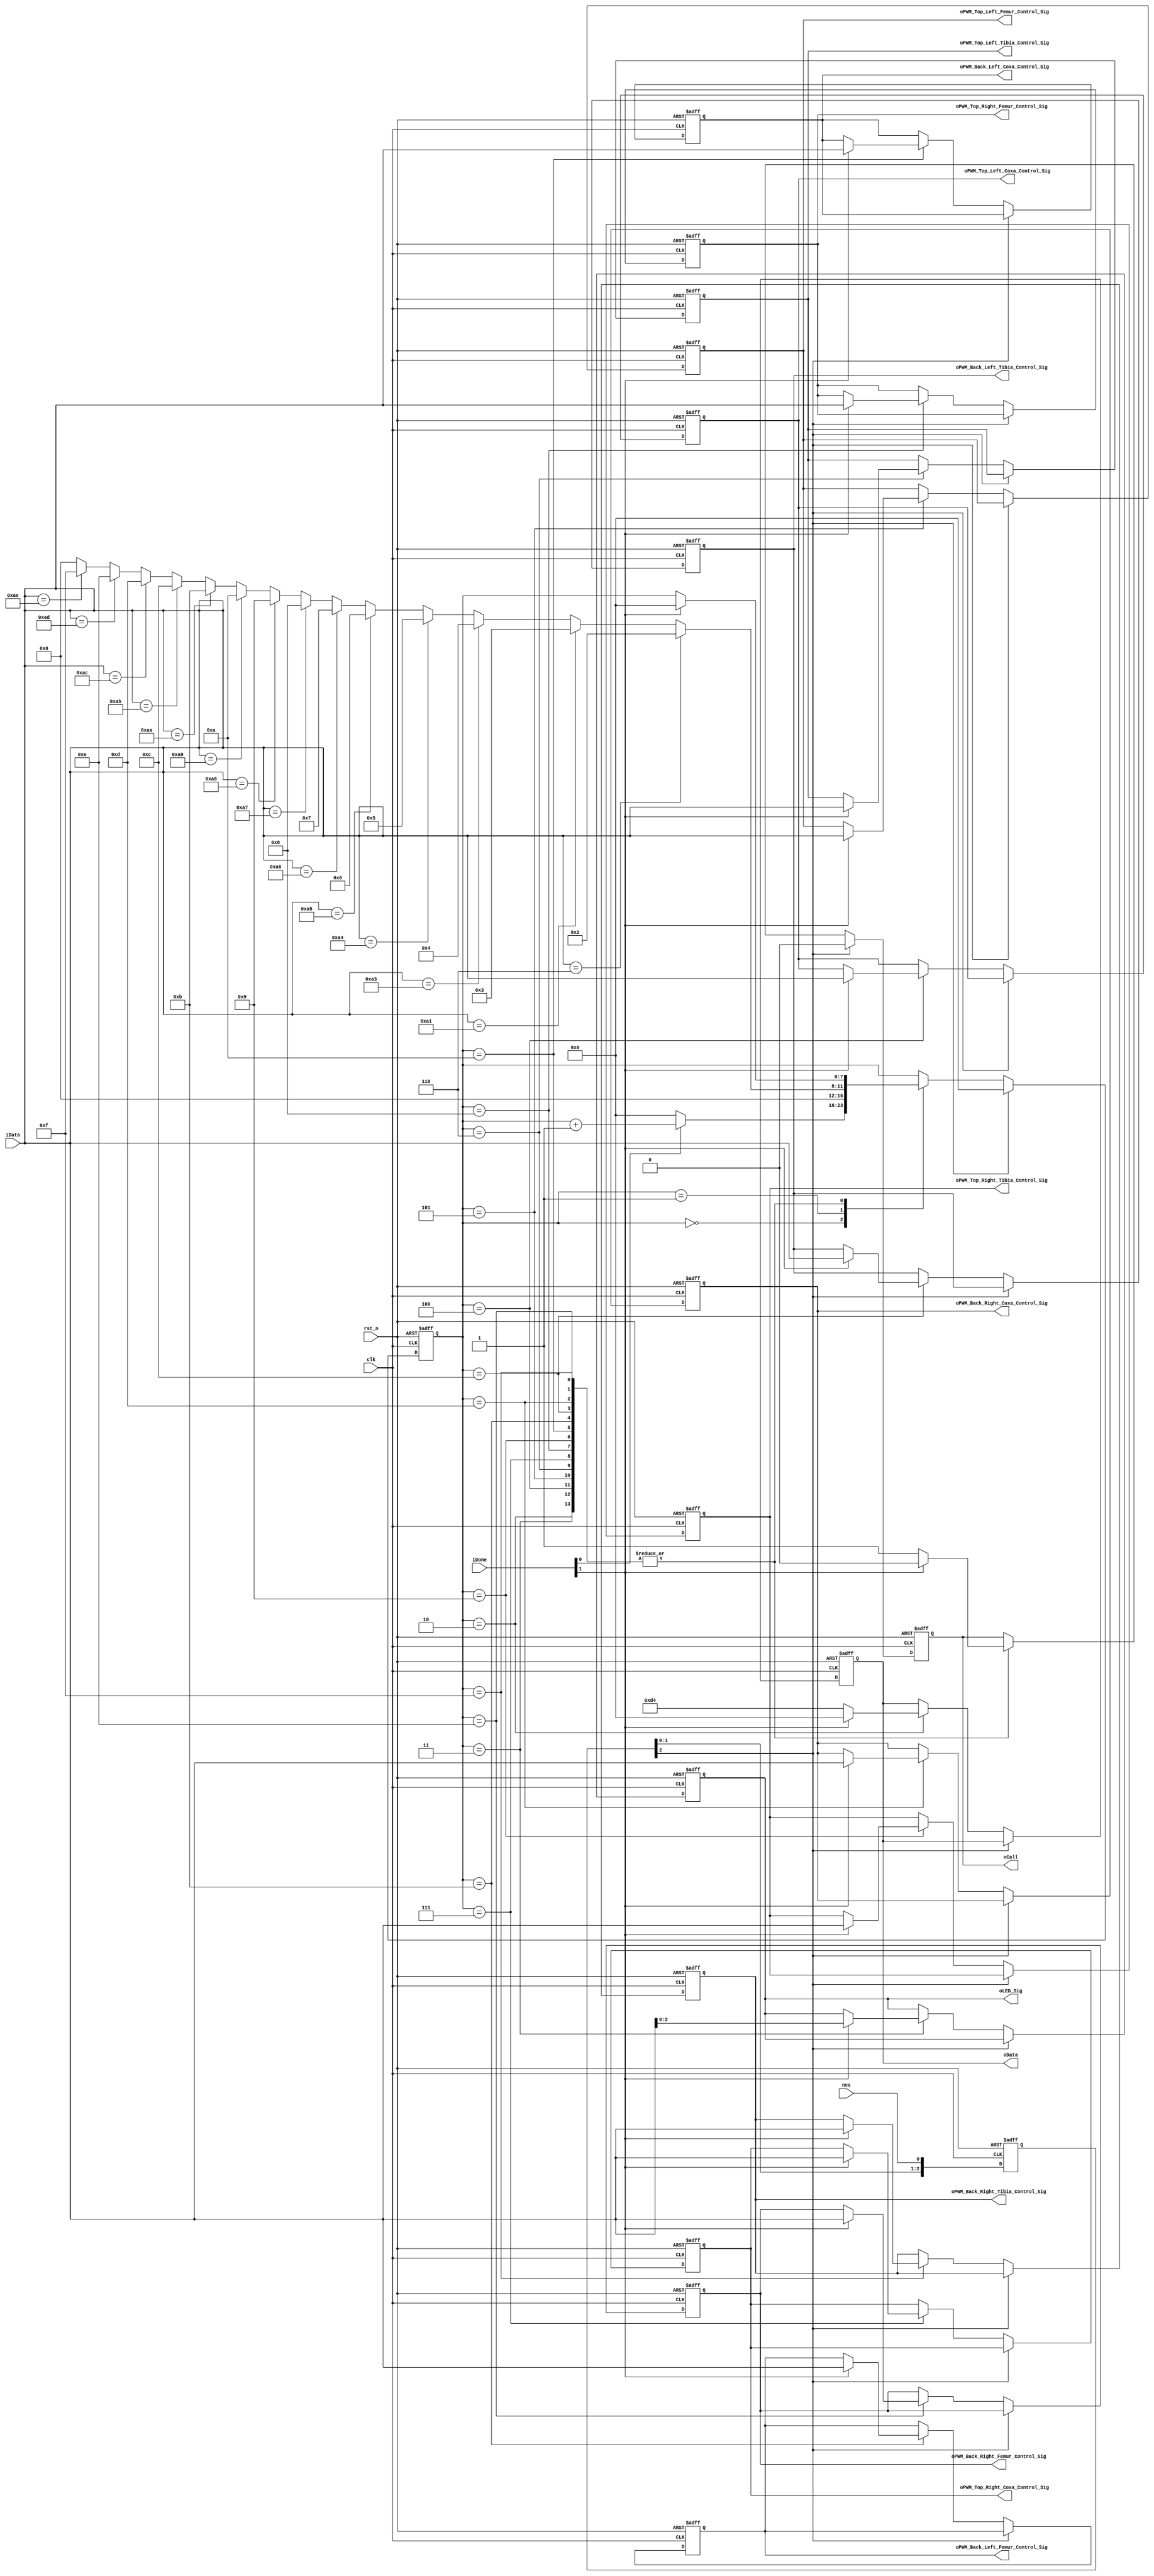
module spi_control_module(
	input clk,
	input rst_n,
	input ncs, //spi ncs
	input [1:0] iDone,//iDone[0]1 iDone[1]1
	input [7:0] iData,//spi
	output reg oCall,
	output reg [7:0] oData, //spi
	
	output reg [2:0] oLED_Sig,
	
	output reg [7:0] oPWM_Top_Left_Coxa_Control_Sig,
	output reg [7:0] oPWM_Top_Left_Femur_Control_Sig,
	output reg [7:0] oPWM_Top_Left_Tibia_Control_Sig,

	output reg [7:0] oPWM_Top_Right_Coxa_Control_Sig,
	output reg [7:0] oPWM_Top_Right_Femur_Control_Sig,
	output reg [7:0] oPWM_Top_Right_Tibia_Control_Sig,

	output reg [7:0] oPWM_Back_Left_Coxa_Control_Sig,
	output reg [7:0] oPWM_Back_Left_Femur_Control_Sig,
	output reg [7:0] oPWM_Back_Left_Tibia_Control_Sig,

	output reg [7:0] oPWM_Back_Right_Coxa_Control_Sig,
	output reg [7:0] oPWM_Back_Right_Femur_Control_Sig,
	output reg [7:0] oPWM_Back_Right_Tibia_Control_Sig
);

//************************
reg [2:0] ncs_r;
always @(posedge clk or negedge rst_n) begin
   if(!rst_n)
		ncs_r <= 3'b000;
   else
		ncs_r <= {ncs_r[1:0], ncs};
end
wire ncs_t = ncs_r[2];


//************************
parameter LED_CONTROL = 8'd3;

parameter TOP_LEFT_COXA_CONTROL = 8'd4;
parameter TOP_LEFT_FEMUR_CONTROL = 8'd5;
parameter TOP_LEFT_TIBIA_CONTROL = 8'd6;

parameter TOP_RIGHT_COXA_CONTROL = 8'd7;
parameter TOP_RIGHT_FEMUR_CONTROL = 8'd8;
parameter TOP_RIGHT_TIBIA_CONTROL = 8'd9;

parameter BACK_LEFT_COXA_CONTROL = 8'd10;
parameter BACK_LEFT_FEMUR_CONTROL = 8'd11;
parameter BACK_LEFT_TIBIA_CONTROL = 8'd12;

parameter BACK_RIGHT_COXA_CONTROL = 8'd13;
parameter BACK_RIGHT_FEMUR_CONTROL = 8'd14;
parameter BACK_RIGHT_TIBIA_CONTROL = 8'd15;

reg [7:0] i;

always @(posedge clk or negedge rst_n) begin
   if(!rst_n)
		begin
			i <= 8'd0;
			oCall <= 1'b0;
			oData <= 8'd0;
			
			oLED_Sig <= 3'b000;
			
			oPWM_Top_Left_Coxa_Control_Sig <= 8'd0;
			oPWM_Top_Left_Femur_Control_Sig <= 8'd0;
			oPWM_Top_Left_Tibia_Control_Sig <= 8'd0;

			oPWM_Top_Right_Coxa_Control_Sig <= 8'd0;
			oPWM_Top_Right_Femur_Control_Sig <= 8'd0;
			oPWM_Top_Right_Tibia_Control_Sig <= 8'd0;

			oPWM_Back_Left_Coxa_Control_Sig <= 8'd0;
			oPWM_Back_Left_Femur_Control_Sig <= 8'd0;
			oPWM_Back_Left_Tibia_Control_Sig <= 8'd0;

			oPWM_Back_Right_Coxa_Control_Sig <= 8'd0;
			oPWM_Back_Right_Femur_Control_Sig <= 8'd0;
			oPWM_Back_Right_Tibia_Control_Sig <= 8'd0;			
		end
   else
		if(!ncs_t)
			case(i)
				0:
					if(iDone[0])
						i <= i + 1'b1;
					else
						i <= 8'd0;
				1: //spi1
					if(iData == 8'h06)//0x06
						begin
							i <= 8'd2;
						end
					else if(iData == 8'hA1)
						begin
							i <= LED_CONTROL;
						end
					else if(iData == 8'hA3)
						begin
							i <= TOP_LEFT_COXA_CONTROL;
						end
					else if(iData == 8'hA4)
						begin
							i <= TOP_LEFT_FEMUR_CONTROL;
						end
					else if(iData == 8'hA5)
						begin
							i <= TOP_LEFT_TIBIA_CONTROL;
						end			
					else if(iData == 8'hA6)
						begin
							i <= TOP_RIGHT_COXA_CONTROL;
						end
					else if(iData == 8'hA7)
						begin
							i <= TOP_RIGHT_FEMUR_CONTROL;
						end
					else if(iData == 8'hA8)
						begin
							i <= TOP_RIGHT_TIBIA_CONTROL;
						end
					else if(iData == 8'hA9)
						begin
							i <= BACK_LEFT_COXA_CONTROL;
						end
					else if(iData == 8'hAA)
						begin
							i <= BACK_LEFT_FEMUR_CONTROL;
						end
					else if(iData == 8'hAB)
						begin
							i <= BACK_LEFT_TIBIA_CONTROL;
						end			
					else if(iData == 8'hAC)
						begin
							i <= BACK_RIGHT_COXA_CONTROL;
						end
					else if(iData == 8'hAD)
						begin
							i <= BACK_RIGHT_FEMUR_CONTROL;
						end
					else if(iData == 8'hAE)
						begin
							i <= BACK_RIGHT_TIBIA_CONTROL;
						end						
					else
						i <= 8'd0;
				2:
					if(iDone[1])
						begin
							oCall <= 1'b0;
							i <= 8'd0;
							oData <= 8'd0;
						end
					else
						begin
							oData <= 8'hd4;
							oCall <= 1'b1;
						end
				LED_CONTROL:
					if(iDone[1])
						begin
							oCall <= 1'b0;
							i <= 8'd0;
							oLED_Sig <= iData;
						end
					else
						oCall <= 1'b1;
				TOP_LEFT_COXA_CONTROL:
					if(iDone[1])
						begin
							oCall <= 1'b0;
							i <= 8'd0;
							oPWM_Top_Left_Coxa_Control_Sig <= iData;
						end
					else
						oCall <= 1'b1;
				TOP_LEFT_FEMUR_CONTROL:
					if(iDone[1])
						begin
							oCall <= 1'b0;
							i <= 8'd0;
							oPWM_Top_Left_Femur_Control_Sig <= iData;
						end
					else
						oCall <= 1'b1;
				TOP_LEFT_TIBIA_CONTROL:
					if(iDone[1])
						begin
							oCall <= 1'b0;
							i <= 8'd0;
							oPWM_Top_Left_Tibia_Control_Sig <= iData;
						end
					else
						oCall <= 1'b1;	

				TOP_RIGHT_COXA_CONTROL:
					if(iDone[1])
						begin
							oCall <= 1'b0;
							i <= 8'd0;
							oPWM_Top_Right_Coxa_Control_Sig <= iData;
						end
					else
						oCall <= 1'b1;
				TOP_RIGHT_FEMUR_CONTROL:
					if(iDone[1])
						begin
							oCall <= 1'b0;
							i <= 8'd0;
							oPWM_Top_Right_Femur_Control_Sig <= iData;
						end
					else
						oCall <= 1'b1;
				TOP_RIGHT_TIBIA_CONTROL:
					if(iDone[1])
						begin
							oCall <= 1'b0;
							i <= 8'd0;
							oPWM_Top_Right_Tibia_Control_Sig <= iData;
						end
					else
						oCall <= 1'b1;	
				//----------
				BACK_LEFT_COXA_CONTROL:
					if(iDone[1])
						begin
							oCall <= 1'b0;
							i <= 8'd0;
							oPWM_Back_Left_Coxa_Control_Sig <= iData;
						end
					else
						oCall <= 1'b1;				
				BACK_LEFT_FEMUR_CONTROL:
					if(iDone[1])
						begin
							oCall <= 1'b0;
							i <= 8'd0;
							oPWM_Back_Left_Femur_Control_Sig <= iData;
						end
					else
						oCall <= 1'b1;
				BACK_LEFT_TIBIA_CONTROL:
					if(iDone[1])
						begin
							oCall <= 1'b0;
							i <= 8'd0;
							oPWM_Back_Left_Tibia_Control_Sig <= iData;
						end
					else
						oCall <= 1'b1;	

				BACK_RIGHT_COXA_CONTROL:
					if(iDone[1])
						begin
							oCall <= 1'b0;
							i <= 8'd0;
							oPWM_Back_Right_Coxa_Control_Sig <= iData;
						end
					else
						oCall <= 1'b1;
				BACK_RIGHT_FEMUR_CONTROL:
					if(iDone[1])
						begin
							oCall <= 1'b0;
							i <= 8'd0;
							oPWM_Back_Right_Femur_Control_Sig <= iData;
						end
					else
						oCall <= 1'b1;
				BACK_RIGHT_TIBIA_CONTROL:
					if(iDone[1])
						begin
							oCall <= 1'b0;
							i <= 8'd0;
							oPWM_Back_Right_Tibia_Control_Sig <= iData;
						end
					else
						oCall <= 1'b1;				
			endcase
		else
			begin
				i <= 8'd0;//cs 
				oCall <= 1'b0;
			end
end

endmodule